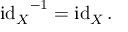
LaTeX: { \operatorname { i d } _ { X } } ^ { - 1 } = \operatorname { i d } _ { X } .